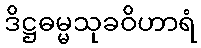
ဒိဋ္ဌဓမ္မသုခဝိဟာရံ